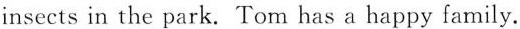
insects in the park. Tom has a happy family.